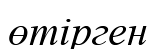
өтірген